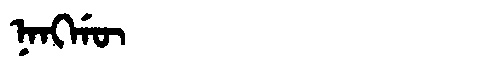
Manchu: ᠨᠠᠩᡤᡡ
Romanization: NANGGŪ